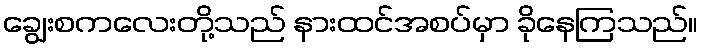
ချွေးစကလေးတို့သည် နားထင်အစပ်မှာ ခိုနေကြသည်။